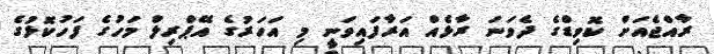
ރާއްޖެއަށް ކޮވިޑްގެ ދެވަނަ ރާޅެއް އަރާފައިވަނީ މި އަހަރުގެ އޭޕްރިލް މަހުގެ ފަހުކޮޅުގެ